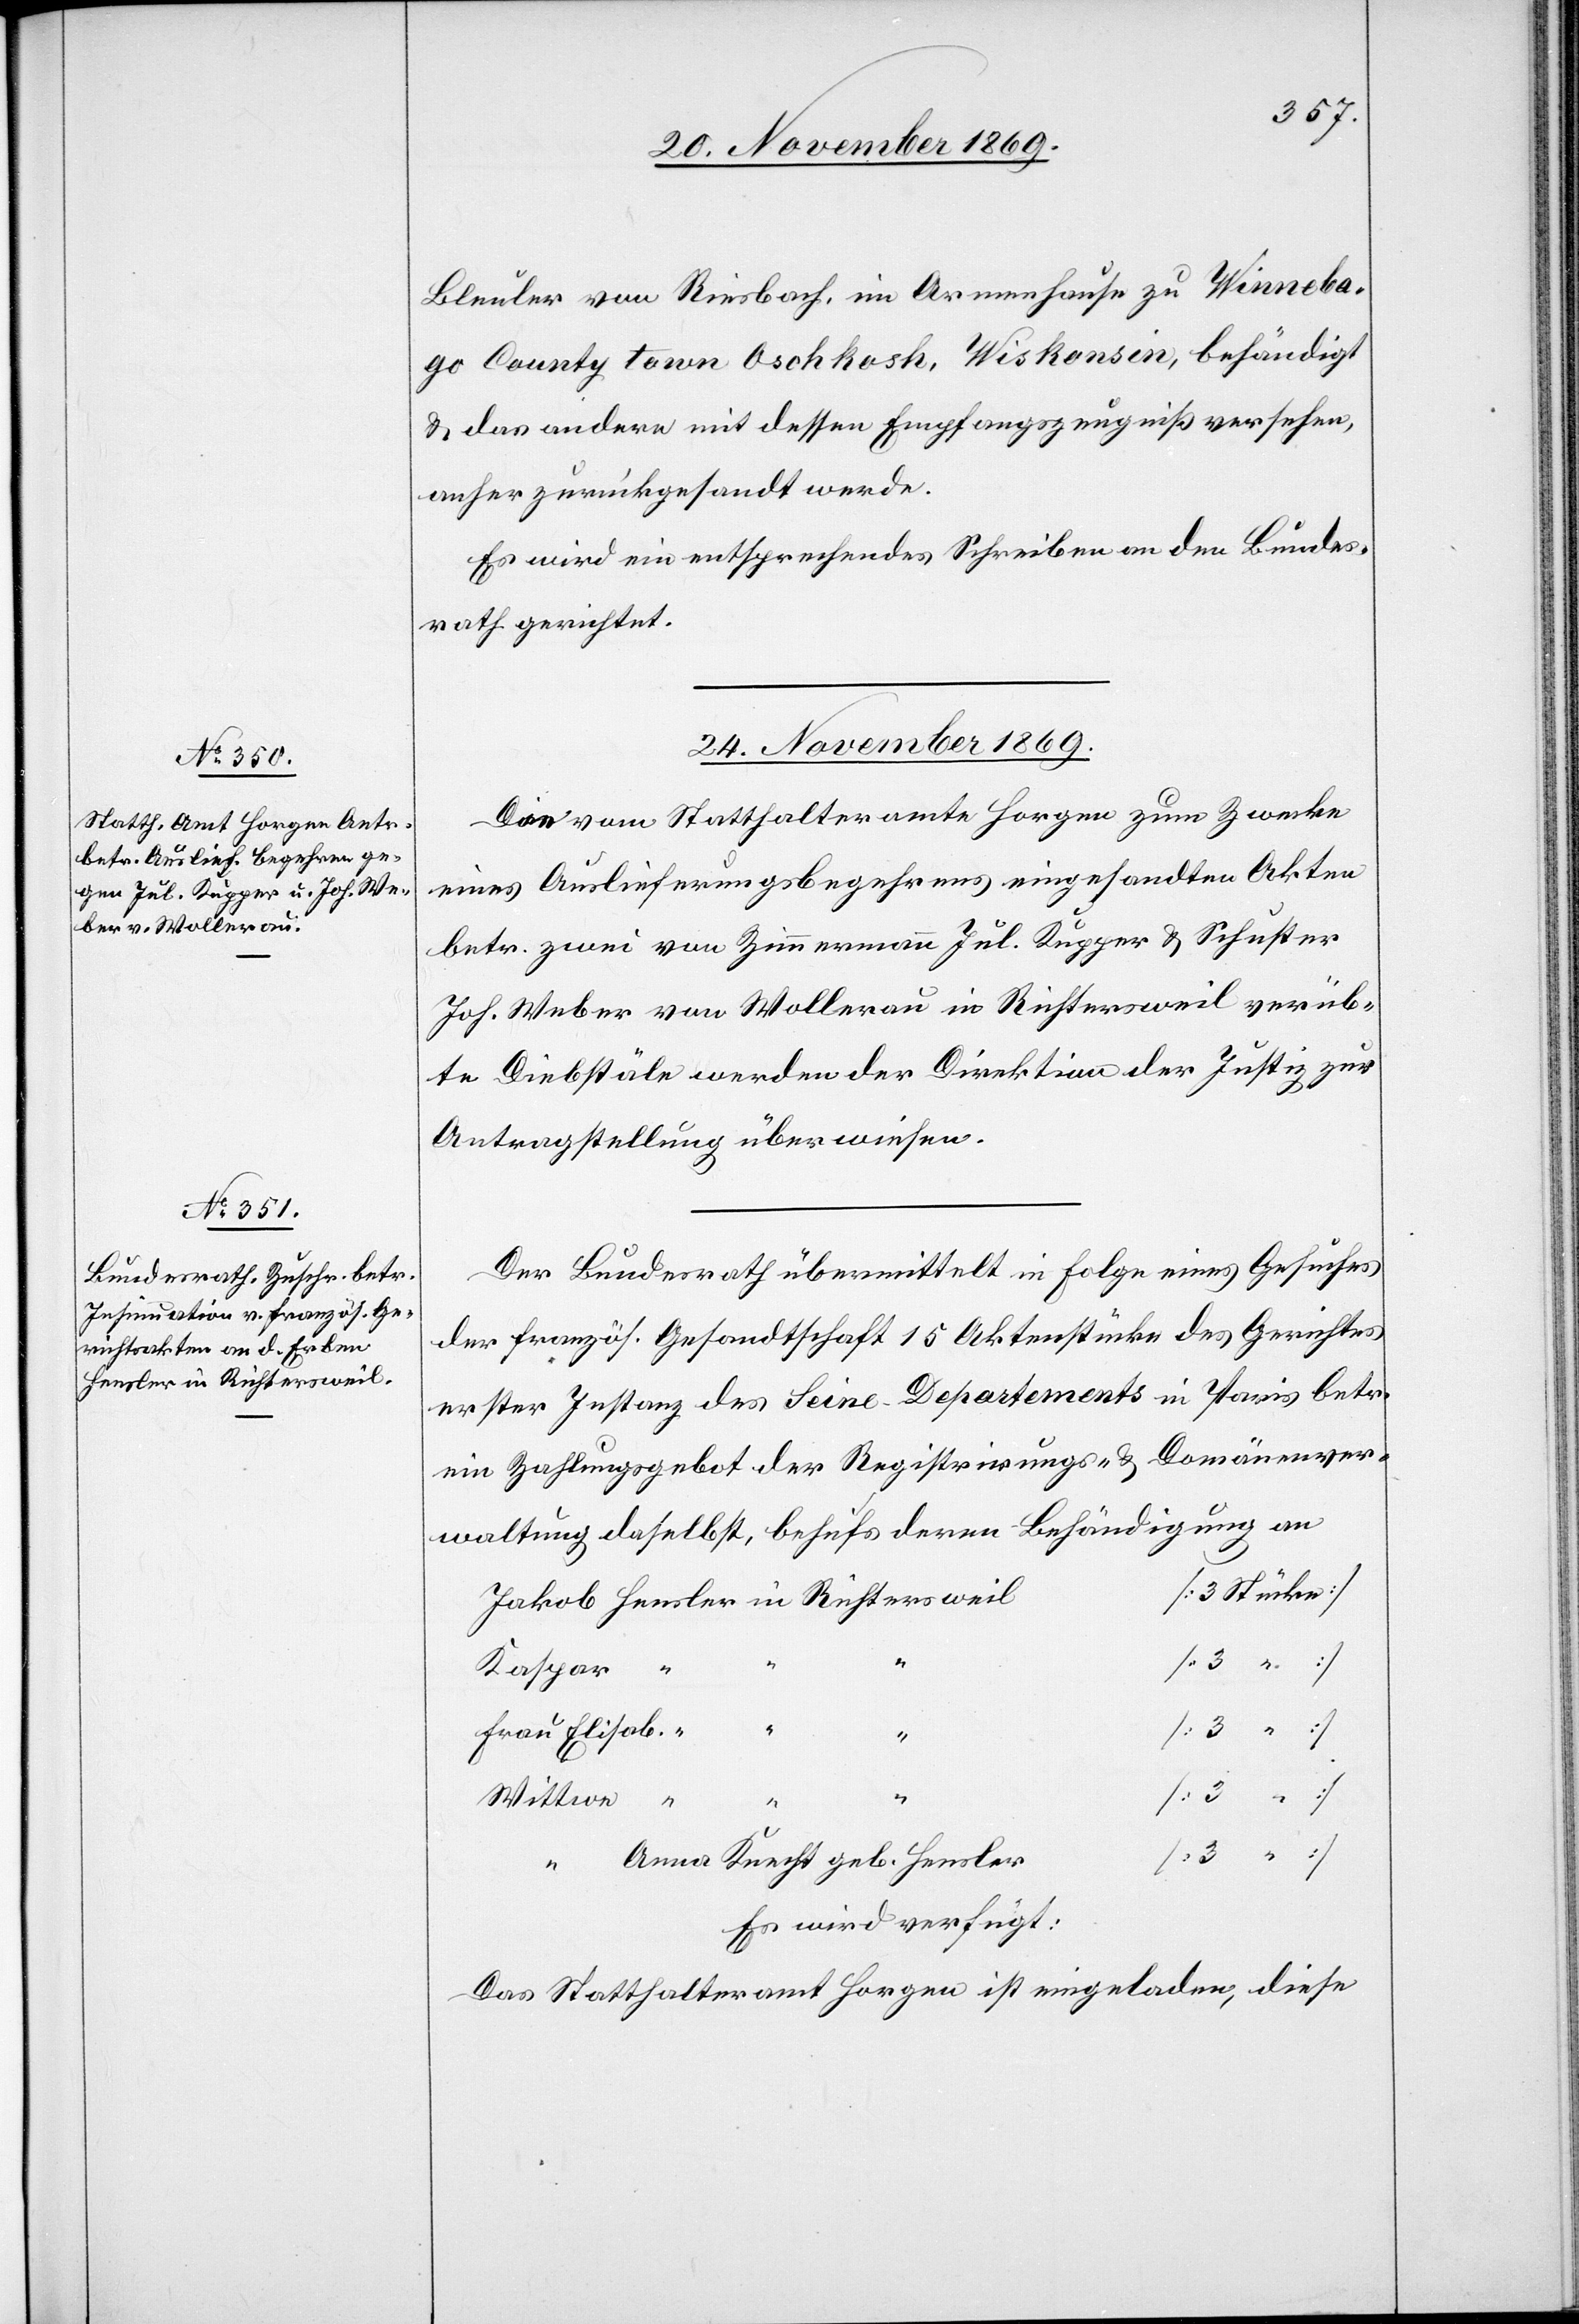
Hensler in Richtersweil

Bleuler von Riesbach, im Armenhause zu Winneba¬
go County town Oschkosh, Wiskonsin, behändigt
& das andere mit dessen Empfangszeugniß versehen,
anher zurückgesandt werde.
Es wird ein entsprechendes Schreiben an den Bundes¬
rath gerichtet.
24. November 1869.]
Die vom Statthalteramte Horgen zum Zwecke
eines Auslieferungsbegehrens eingesandten Akten
betr. zwei von Zimmermann Jul. Kupper & Schuster
Joh. Weber von Wollerau in Richtersweil verüb¬
te Diebstäle werden der Direktion der Justiz zur
Antragstellung überwiesen.
Der Bundesrath übermittelt in Folge eines Gesuches
der französ. Gesandtschaft 15 Aktenstücke des Gerichtes
erster Instanz des Seine-Departements in Paris betr.
ein Zahlungsgebot der Registrirungs- & Domänenver¬
waltung daselbst, behufs deren Behändigung an
[3 Stücke]
Kaspar
[3 “ ]
Frau Elisab.
Wittwe
“ “ “
[3 “ ]
Anna Knecht geb. Hensler
Es wird verfügt:
Das Statthalteramt Horgen ist eingeladen, diese